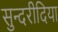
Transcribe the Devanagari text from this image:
सुन्दरीदिया